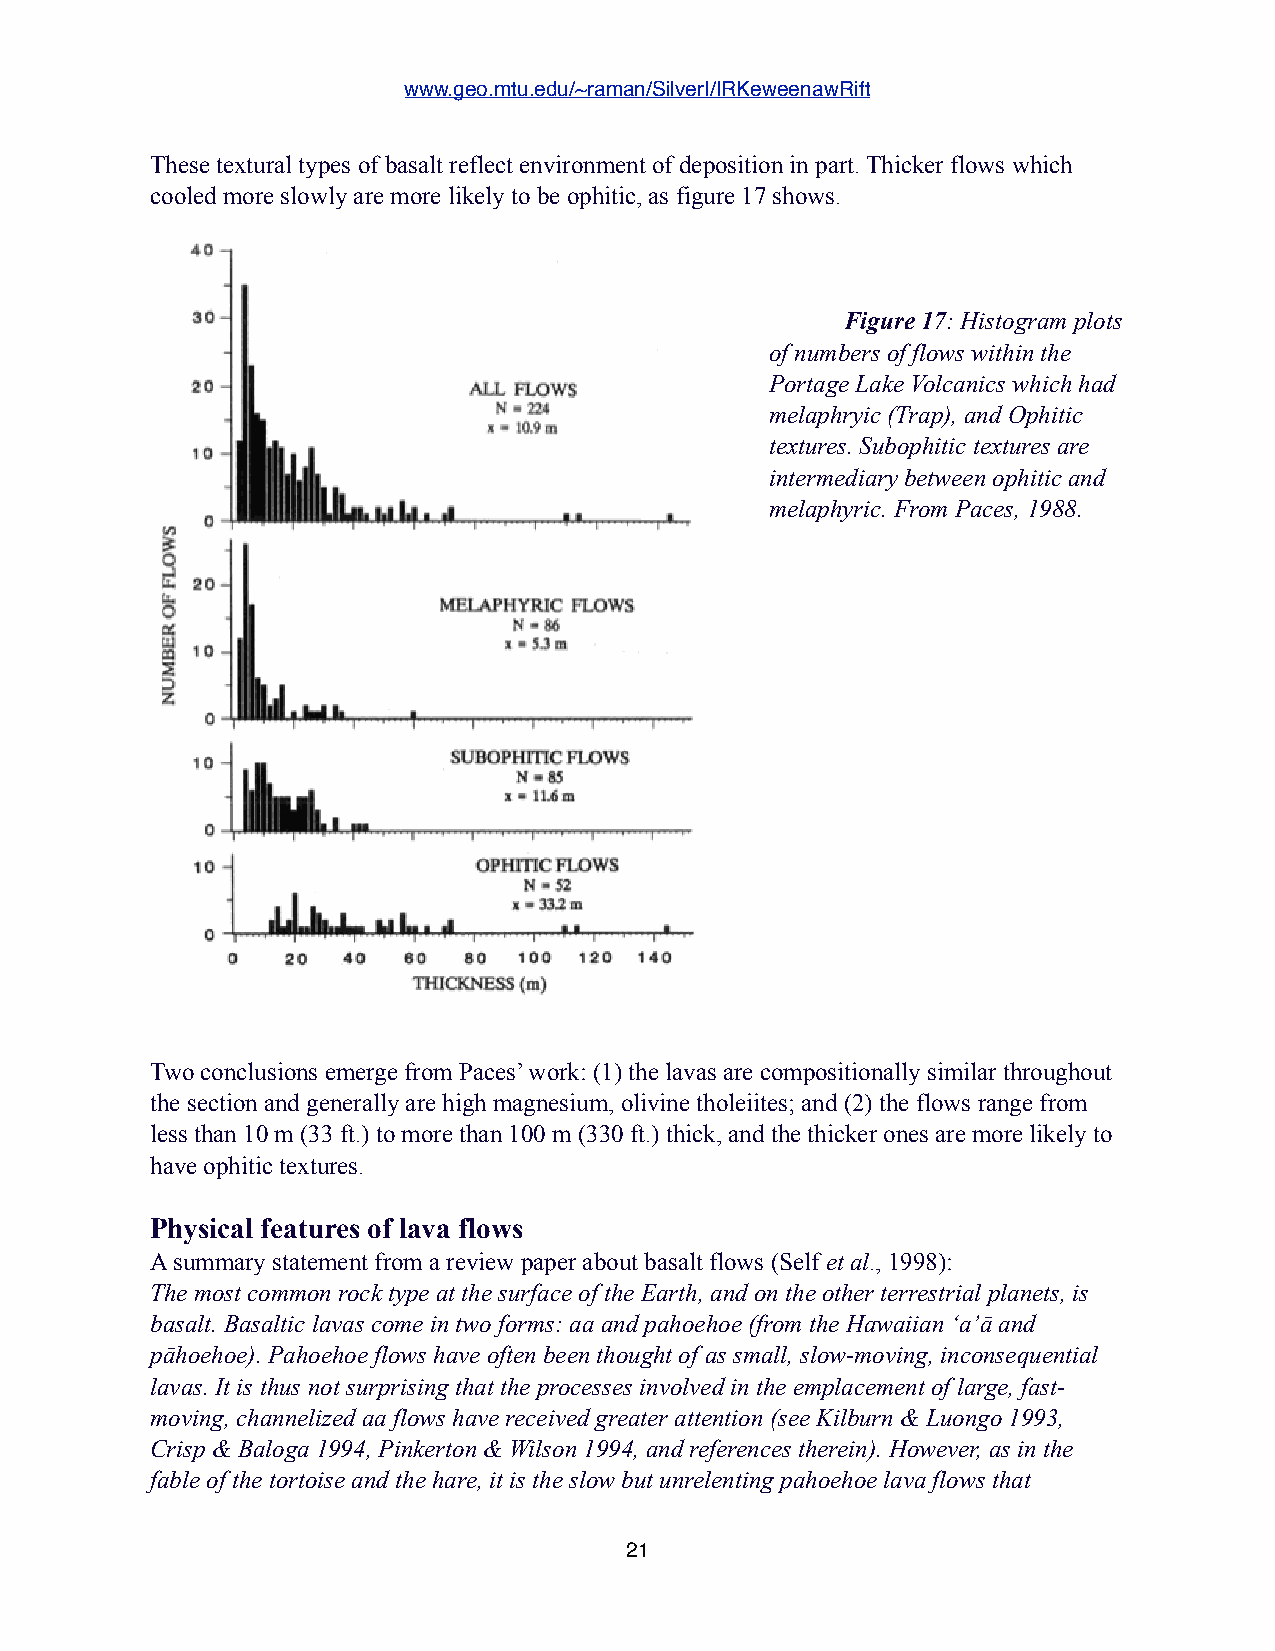
www.geo.mtu.edu/~raman/SilverI/IRKeweenawRift
 These textural types of basalt reflect environment of deposition in part. Thicker flows which
 cooled more slowly are more likely to be ophitic, as figure 17 shows.
 Figure 17: Histogram plots
 of numbers of flows within the
 Portage Lake Volcanics which had
 melaphryic (Trap), and Ophitic
 textures. Subophitic textures are
 intermediary between ophitic and
 melaphyric. From Paces, 1988.
 Two conclusions emerge from Paces’ work: (1) the lavas are compositionally similar throughout
 the section and generally are high magnesium, olivine tholeiites; and (2) the flows range from
 less than 10 m (33 ft.) to more than 100 m (330 ft.) thick, and the thicker ones are more likely to
 have ophitic textures.
 Physical features of lava flows
 A summary statement from a review paper about basalt flows (Self et al., 1998):
 The most common rock type at the surface of the Earth, and on the other terrestrial planets, is
 basalt. Basaltic lavas come in two forms: aa and pahoehoe (from the Hawaiian ‘a’ā and
 pāhoehoe). Pahoehoe flows have often been thought of as small, slow-moving, inconsequential
 lavas. It is thus not surprising that the processes involved in the emplacement of large, fast-
 moving, channelized aa flows have received greater attention (see Kilburn & Luongo 1993,
 Crisp & Baloga 1994, Pinkerton & Wilson 1994, and references therein). However, as in the
 fable of the tortoise and the hare, it is the slow but unrelenting pahoehoe lava flows that
 21